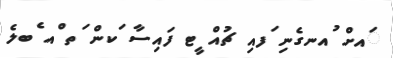
ައށް ުއނގެނި ަފއި ޗުއް ީޓ ފައިސާ ަކން ަތ ްއ ެބލެ